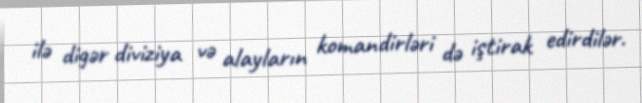
ilə digər diviziya və alayların komandirləri də iştirak edirdilər.